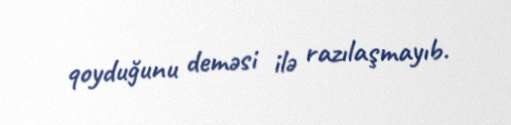
qoyduğunu deməsi ilə razılaşmayıb.